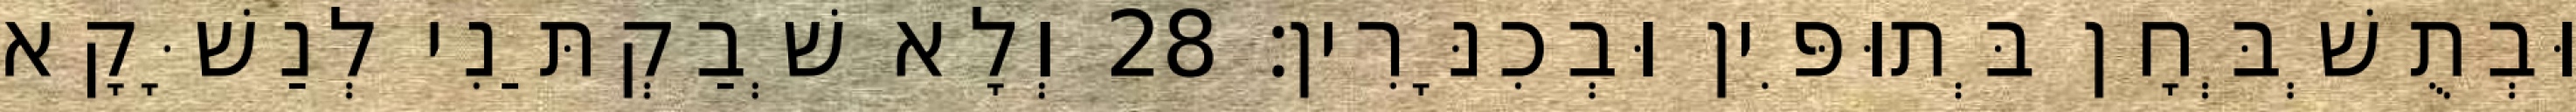
וּבְתֻשְׁבְּחָן בְּתוּפִּין וּבְכִנָּרִין׃ 28 וְלָא שְׁבַקְתַּנִי לְנַשָּׁקָא